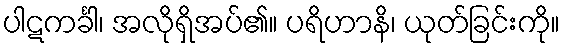
ပါဋကင်္ခါ၊ အလိုရှိအပ်၏။ ပရိဟာနိ၊ ယုတ်ခြင်းကို။